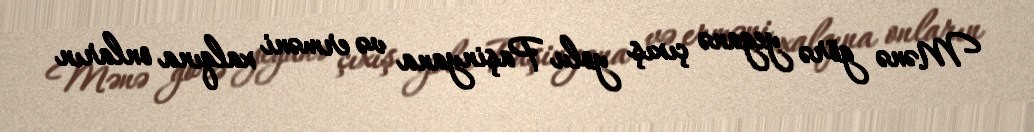
Mənə görə yeganə çıxış yolu Paşinyana və erməni xalqına onların